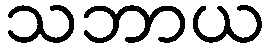
သဘာယ